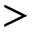
>